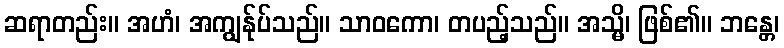
ဆရာတည်း။ အဟံ၊ အကျွန်ုပ်သည်။ သာဝကော၊ တပည့်သည်။ အသ္မိ၊ ဖြစ်၏။ ဘန္တေ၊